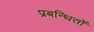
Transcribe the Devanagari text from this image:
प्रबन्धितों